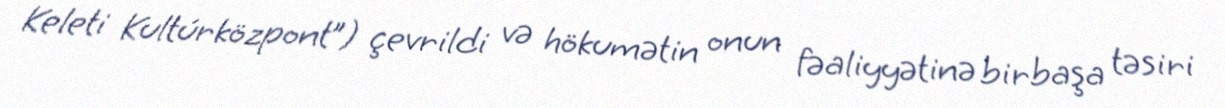
Keleti Kultúrközpont”) çevrildi və hökumətin onun fəaliyyətinə birbaşa təsiri